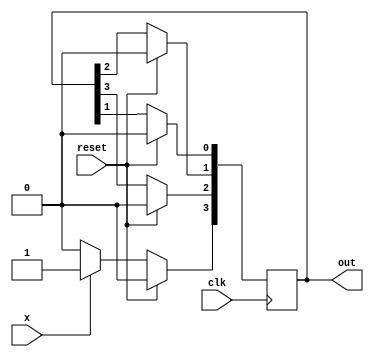
module four_bit_SR(
    input clk,
    input reset,    
    input x,
    output reg [3:0] out 
    );
    
always @(posedge clk) begin  
   
   if (reset) begin    
        out[3] <= 1'b0;
        out[2] <= 1'b0;
        out[1] <= 1'b0;
        out[0] <= 1'b0;
   end
   
   
   else begin
        
        // input : 0
        if (x == 1'b0) begin
            out[3] <= 1'b0;  
            out[2] <= out[3];
            out[1] <= out[2];
            out[0] <= out[1];    
        end
        
        // input : 1
        else begin
            out[3] <= 1'b1;
            out[2] <= out[3];
            out[1] <= out[2];
            out[0] <= out[1];
        end
   end
end
endmodule